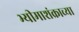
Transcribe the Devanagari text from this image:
भ्यीमाशंक्राच्या